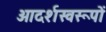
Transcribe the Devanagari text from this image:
आदर्शस्वरूपों